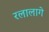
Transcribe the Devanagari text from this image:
रलालागे